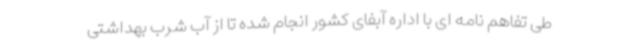
طی تفاهم نامه ای با اداره آبفای کشور انجام شده تا از آب شرب بهداشتی